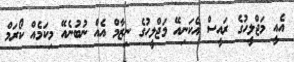
އެއީ މަޖްލީހުގެ ރައީސް އެކަނިއޭ މަޖްލީހުގެ ނިޒާމް އެއް ނުބުނެއޭ މިކަމެއް ކޯރަމް